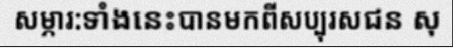
សម្ភារ:ទាំងនេះបានមកពីសប្បុរសជន សុ